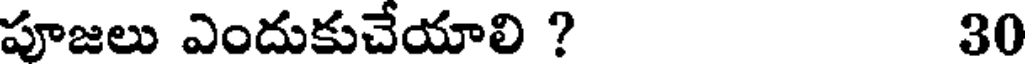
పూజలు ఎందుకుచేయాలి ? 30